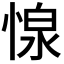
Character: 𢝓